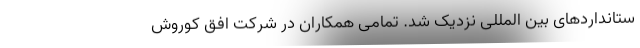
ستانداردهای بین المللی نزدیک شد. تمامی همکاران در شرکت افق کوروش